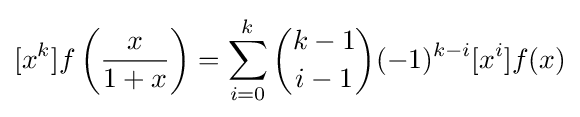
[x^{k}]f\left({\frac {x}{1+x}}\right)=\sum _{i=0}^{k}{k-1 \choose i-1}(-1)^{k-i}[x^{i}]f(x)